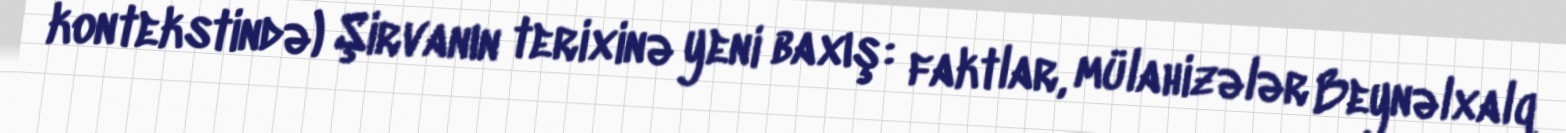
kontekstində) Şirvanın terixinə yeni baxış: faktlar, mülahizələr Beynəlxalq